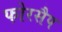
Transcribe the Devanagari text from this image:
फोरसैप